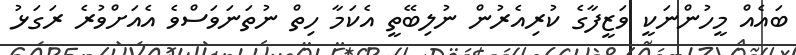
ބައެއް މީހުންނަކީ ވަޒީފާގެ ކުރިއެރުން ނުލިބޭތީ އެކަމާ ހިތް ނުތަނަވަސްވެ އެއަށްވުރެ ރަގަޅު